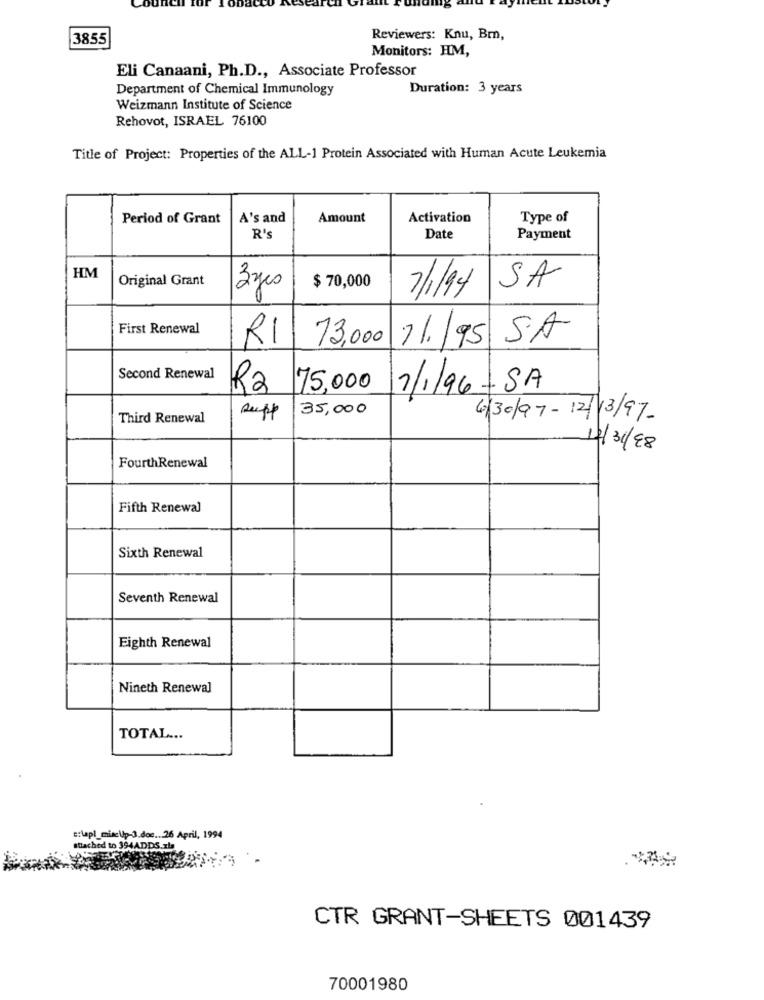
3855
Reviewers: Knu, Bm,
Monitors: HM,
Eli Canaani, Ph.D ., Associate Professor
Department of Chemical Immunology
Duration: 3 years
Weizmann Institute of Science
Rehovot, ISRAEL 76100
Title of Project: Properties of the ALL-1 Protein Associated with Human Acute Leukemia
Period of Grant
A's and
Amount
Activation
Type of
R's
Date
Payment
HM
Original Grant
3yes
$ 70,000
7/1/94
SA
First Renewal
RI
13,000
1/1 95 SA
Second Renewal
Ra 75,000
7/1/96-SA
35,000
Third Renewal
supp
6/30/97- 12/13/97-
1/31/88
FourthRenewal
Fifth Renewal
Sixth Renewal
Seventh Renewal
Eighth Renewal
Nineth Renewal
TOTAL ...
c:\apl_misc\lp-3.doc ... 26 April, 1994
attached to 394ADDS.zla
CTR GRANT-SHEETS 001439
70001980